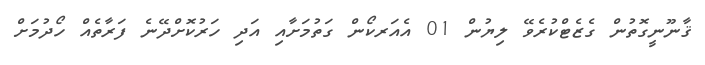
ޤާނޫނީގޮތުން ގެޒެޓްކުރެވޭ ލިޔުން 01 އެއަރކޯން ގަތުމަށާއި އަދި ހަރުކޮށްދޭނެ ފަރާތެއް ހޯދުމަށް